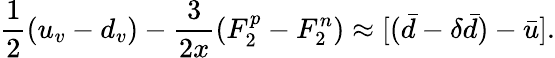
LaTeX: \frac{1}{2}(u_{v}-d_{v})-\frac{3}{2x}(F_{2}^{p}-F_{2}^{n})\approx[(\bar{d}-\delta\bar{d})-\bar{u}].